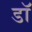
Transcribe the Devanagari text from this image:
डॉ